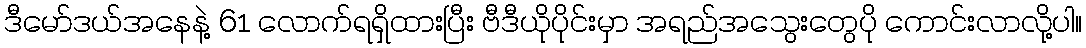
ဒီမော်ဒယ်အနေနဲ့ 61 လောက်ရရှိထားပြီး ဗီဒီယိုပိုင်းမှာ အရည်အသွေးတွေပို ကောင်းလာလို့ပါ။